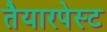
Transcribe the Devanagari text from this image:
तैयारपेस्ट